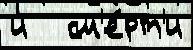
и   см'е́рт'и